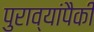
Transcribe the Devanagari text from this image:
पुराव्यांपैकी